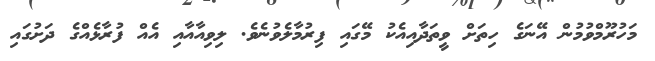
މަހުރޫމްވުމުން އޭނަގެ ހިތަށް ވީތަދާއިއެކު މޭގައި ފިރުމާލެވުނެވެ. ލިވިއާއާއި އެއް ފުރާޅެއްގެ ދަށުގައި